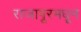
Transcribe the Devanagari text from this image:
राजापूरमधून